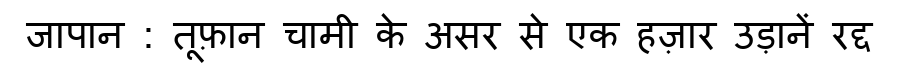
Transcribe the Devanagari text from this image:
जापान : तूफ़ान चामी के असर से एक हज़ार उड़ानें रद्द